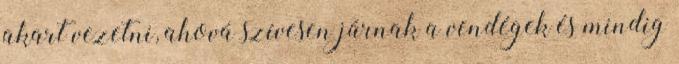
akart vezetni, ahová szívesen járnak a vendégek és mindig